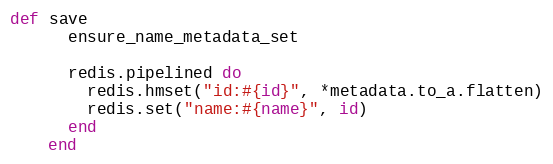
Language: Ruby
def save
      ensure_name_metadata_set

      redis.pipelined do
        redis.hmset("id:#{id}", *metadata.to_a.flatten)
        redis.set("name:#{name}", id)
      end
    end